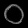
Digit: ၀